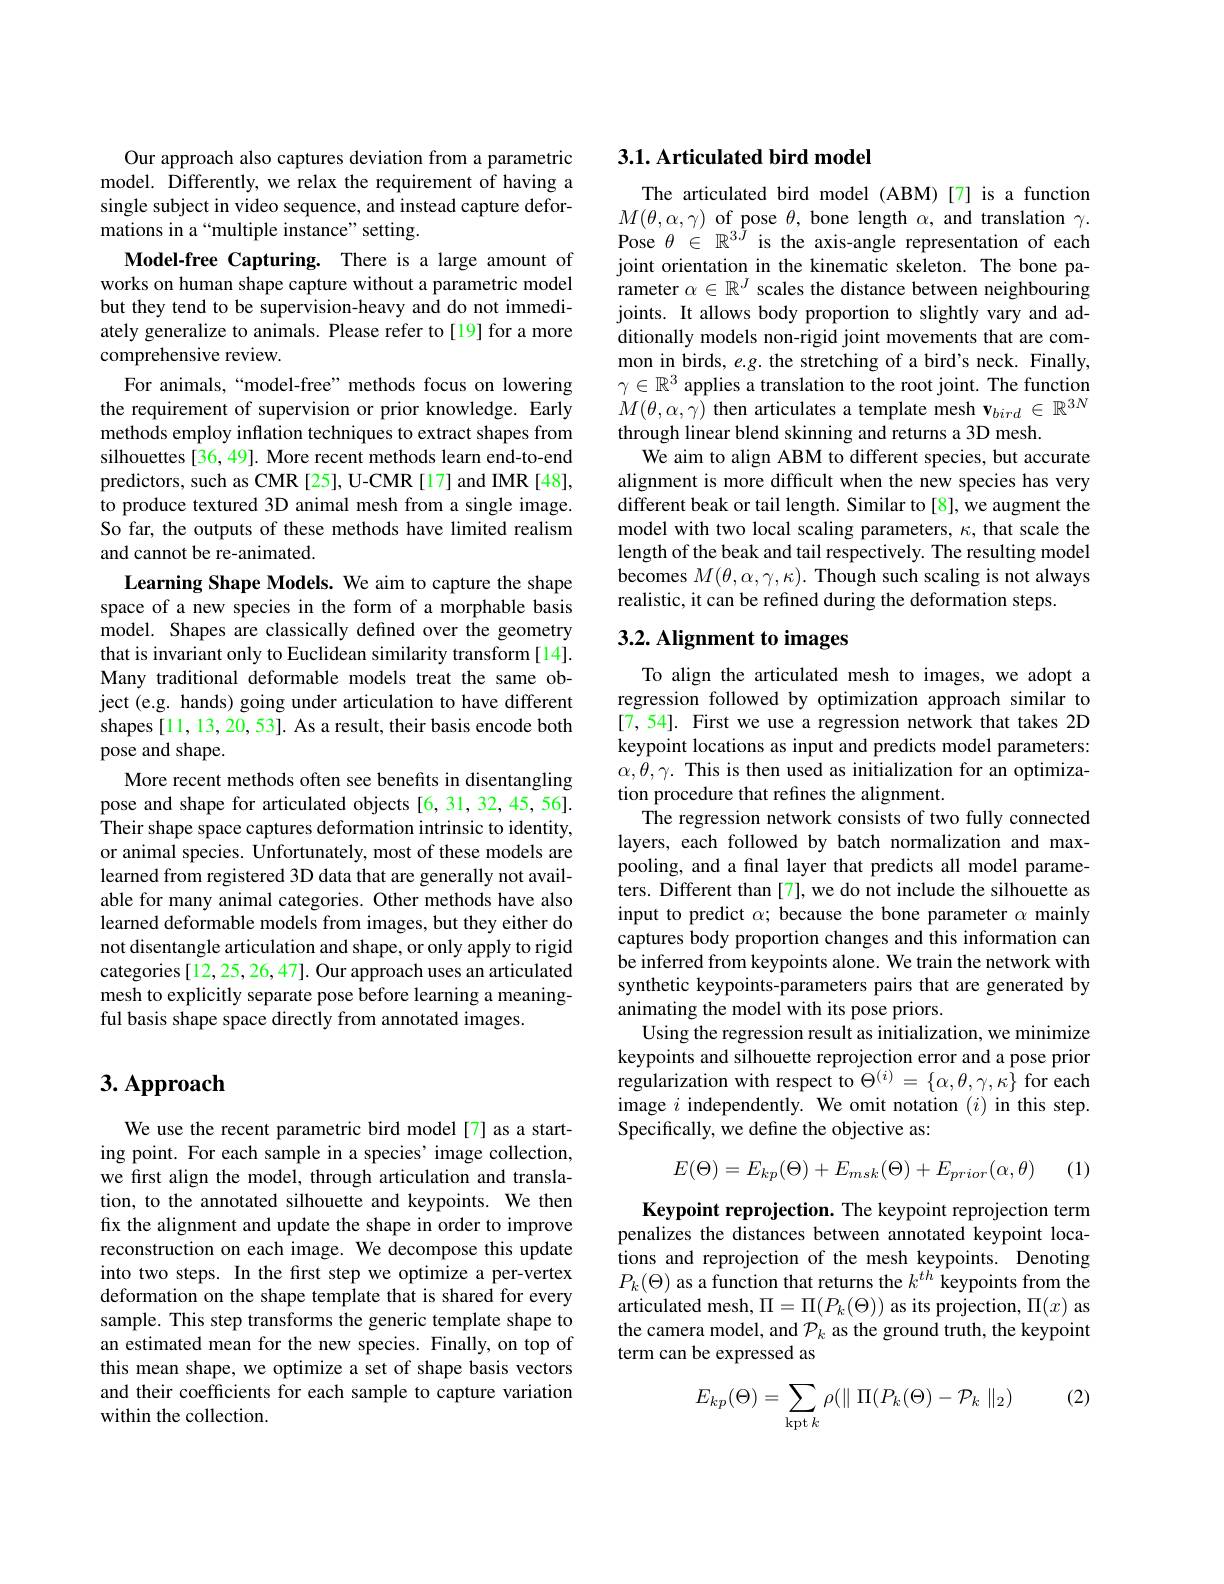
Our approach also captures deviation from a parametric model. Differently, we relax the requirement of having a single subject in video sequence, and instead capture deformations in a“multiple instance”setting.
Model-free Capturing. There is a large amount of works on human shape capture without a parametric model but they tend to be supervision-heavy and do not immediately generalize to animals. Please refer to[19] for a more comprehensive review.
For animals,“model-free” methods focus on lowering the requirement of supervision or prior knowledge. Early methods employ inflation techniques to extract shapes from silhouettes [36, 49]. More recent methods learn end-to-end predictors, such as CMR [25], U-CMR [17] and IMR [48], to produce textured 3D animal mesh from a single image. So far, the outputs of these methods have limited realism and cannot be re-animated.
Learning Shape Models. We aim to capture the shape space of a new species in the form of a morphable basis $\hat{\mathrm{model.~Shapes~are~classically~defined~over~the~geometry}}$ that is invariant only to Euclidean similarity transform[14]. Many traditional deformable models treat the same object (e.g. hands) going under articulation to have different shapes[11,13,20,53]. As a result, their basis encode both pose and shape.
More recent methods often see benefits in disentangling pose and shape for articulated objects [6,31,32,45,56]. Their shape space captures deformation intrinsic to identity, or animal species. Unfortunately, most of these models are learned from registered 3D data that are generally not available for many animal categories. Other methods have also learned deformable models from images, but they either do not disentangle articulation and shape, or only apply to rigid categories [12, 25, 26, 47]. Our approach uses an articulated mesh to explicitly separate pose before learning a meaningful basis shape space directly from annotated images.

# 3. Approach

We use the recent parametric bird model[7] as a starting point. For each sample in a species' image collection, we first align the model, through articulation and translation, to the annotated silhouette and keypoints. We then fix the alignment and update the shape in order to improve reconstruction on each image. We decompose this update into two steps. In the first step we optimize a per-vertex deformation on the shape template that is shared for every sample. This step transforms the generic template shape to an estimated mean for the new species. Finally, on top of this mean shape, we optimize a set of shape basis vectors and their coefficients for each sample to capture variation within the collection.

### 3.1. Articulated bird model

The articulated bird model (ABM)[7] is a function $M(\theta,\alpha,\gamma)$ of pose $\theta$, bone length $\alpha$, and translation $\gamma.$ Pose $\theta\in\mathbb{R}^{3^{\tilde{J}}}$ is the axis-angle representation of each joint orientation in the kinematic skeleton. The bone parameter $\alpha\in\mathbb{R}^J$ scales the distance between neighbouring joints. It allows body proportion to slightly vary and additionally models non-rigid joint movements that are common in birds, e.g. the stretching of a bird's neck. Finally, $\gamma\in\mathbb{R}^3$ applies a translation to the root joint. The function $\dot{M}(\theta,\alpha,\hat{\gamma})$ then articulates a template mesh $\mathbf{v}_bird\in\mathbb{R}^{3N}$ through linear blend skinning and returns a 3D mesh.
We aim to align ABM to different species, but accurate alignment is more difficult when the new species has very different beak or tail length. Similar to[8], we augment the model with two local scaling parameters, $\kappa$, that scale the length of the beak and tail respectively. The resulting model becomes $M(\theta,\alpha,\gamma,\kappa).$ Though such scaling is not always realistic, it can be refined during the deformation steps.

## 3.2. Alignment to images

To align the articulated mesh to images, we adopt a regression followed by optimization approach similar to [7,54]. First we use a regression network that takes 2D keypoint locations as input and predicts model parameters: $\alpha,\theta,\gamma.$ This is then used as initialization for an optimization procedure that refines the alignment.
The regression network consists of two fully connected layers, each followed by batch normalization and maxpooling, and a fınal layer that predicts all model parameters. Different than[7], we do not include the silhouette as input to predict $\alpha;$ because the bone parameter $\alpha$ mainly captures body proportion changes and this information can be inferred from keypoints alone. We train the network with synthetic keypoints-parameters pairs that are generated by animating the model with its pose priors.
Using the regression result as initialization, we minimize keypoints and silhouette reprojection error and a pose prior regularization with respect to $\Theta^{(i)}=\{\alpha,\theta,\gamma,\kappa\}$ for each image $i$ independently. We omit notation $(i)$ in this step. Specifically, we define the objective as:
$$E(\Theta)=E_{kp}(\Theta)+E_{msk}(\Theta)+E_{prior}(\alpha,\theta)$$
(1)

Keypoint reprojection. The keypoint reprojection term penalizes the distances between annotated keypoint locations and reprojection of the mesh keypoints. Denoting $P_k(\Theta)$ as a function that returns the $k^th$ keypoints from the articulated mesh, $\Pi=\Pi(P_k(\Theta))$ as its projection, $\Pi(x)$ as the camera model, and $\mathcal{P}_k$ as the ground truth, the keypoint term can be expressed as

(2)
$$E_{kp}(\Theta)=\sum_{\operatorname{kpt}k}\rho(\parallel\Pi(P_{k}(\Theta)-\mathcal{P}_{k}\parallel_{2})$$